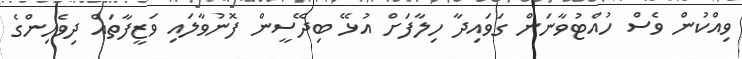
ވިއްކުން ވެސް ހުއްޓުވާނަން ގަވައިދާ ހިލާފަށް އުޅޭ ބިދޭސީން ފޮނުވާލައި ވަޒީފާތައް ދިވެހިންގެ